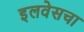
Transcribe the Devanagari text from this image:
इलवेसचा